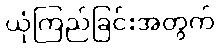
ယုံကြည်ခြင်းအတွက်